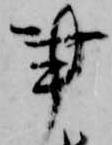
事